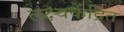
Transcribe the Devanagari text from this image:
लक्ष्यकेंद्रित